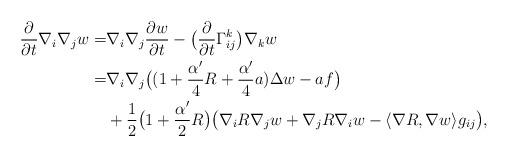
LaTeX: \begin{align*}\frac{\partial}{\partial t}\nabla_i\nabla_jw=&\nabla_i\nabla_j\frac{\partial w}{\partial t}-\big(\frac{\partial}{\partial t}\Gamma^k_{ij}\big)\nabla_kw \\=&\nabla_i\nabla_j\big((1+\frac{\alpha'}{4}R+\frac{\alpha'}{4}a)\Delta w-af\big)\\&+\frac{1}{2}\big(1+\frac{\alpha'}{2}R\big)\big(\nabla_iR\nabla_jw+\nabla_jR\nabla_iw-\langle\nabla R,\nabla w\rangle g_{ij}\big),\end{align*}